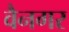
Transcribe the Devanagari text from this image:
वैनगर